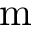
\mathrm { m }